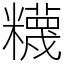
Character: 𥽘